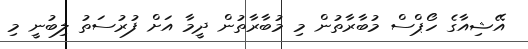
އޭޝިއާގެ ހޯޕްސް މުބާރާތުން މި މުބާރާތުން ދީމާ އަށް ފުރުސަތު ލިބުނީ މި